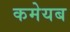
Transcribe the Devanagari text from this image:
कमेयब